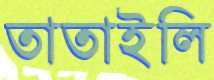
তাতাইলি